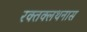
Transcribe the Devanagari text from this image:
रक्तक्लथनास